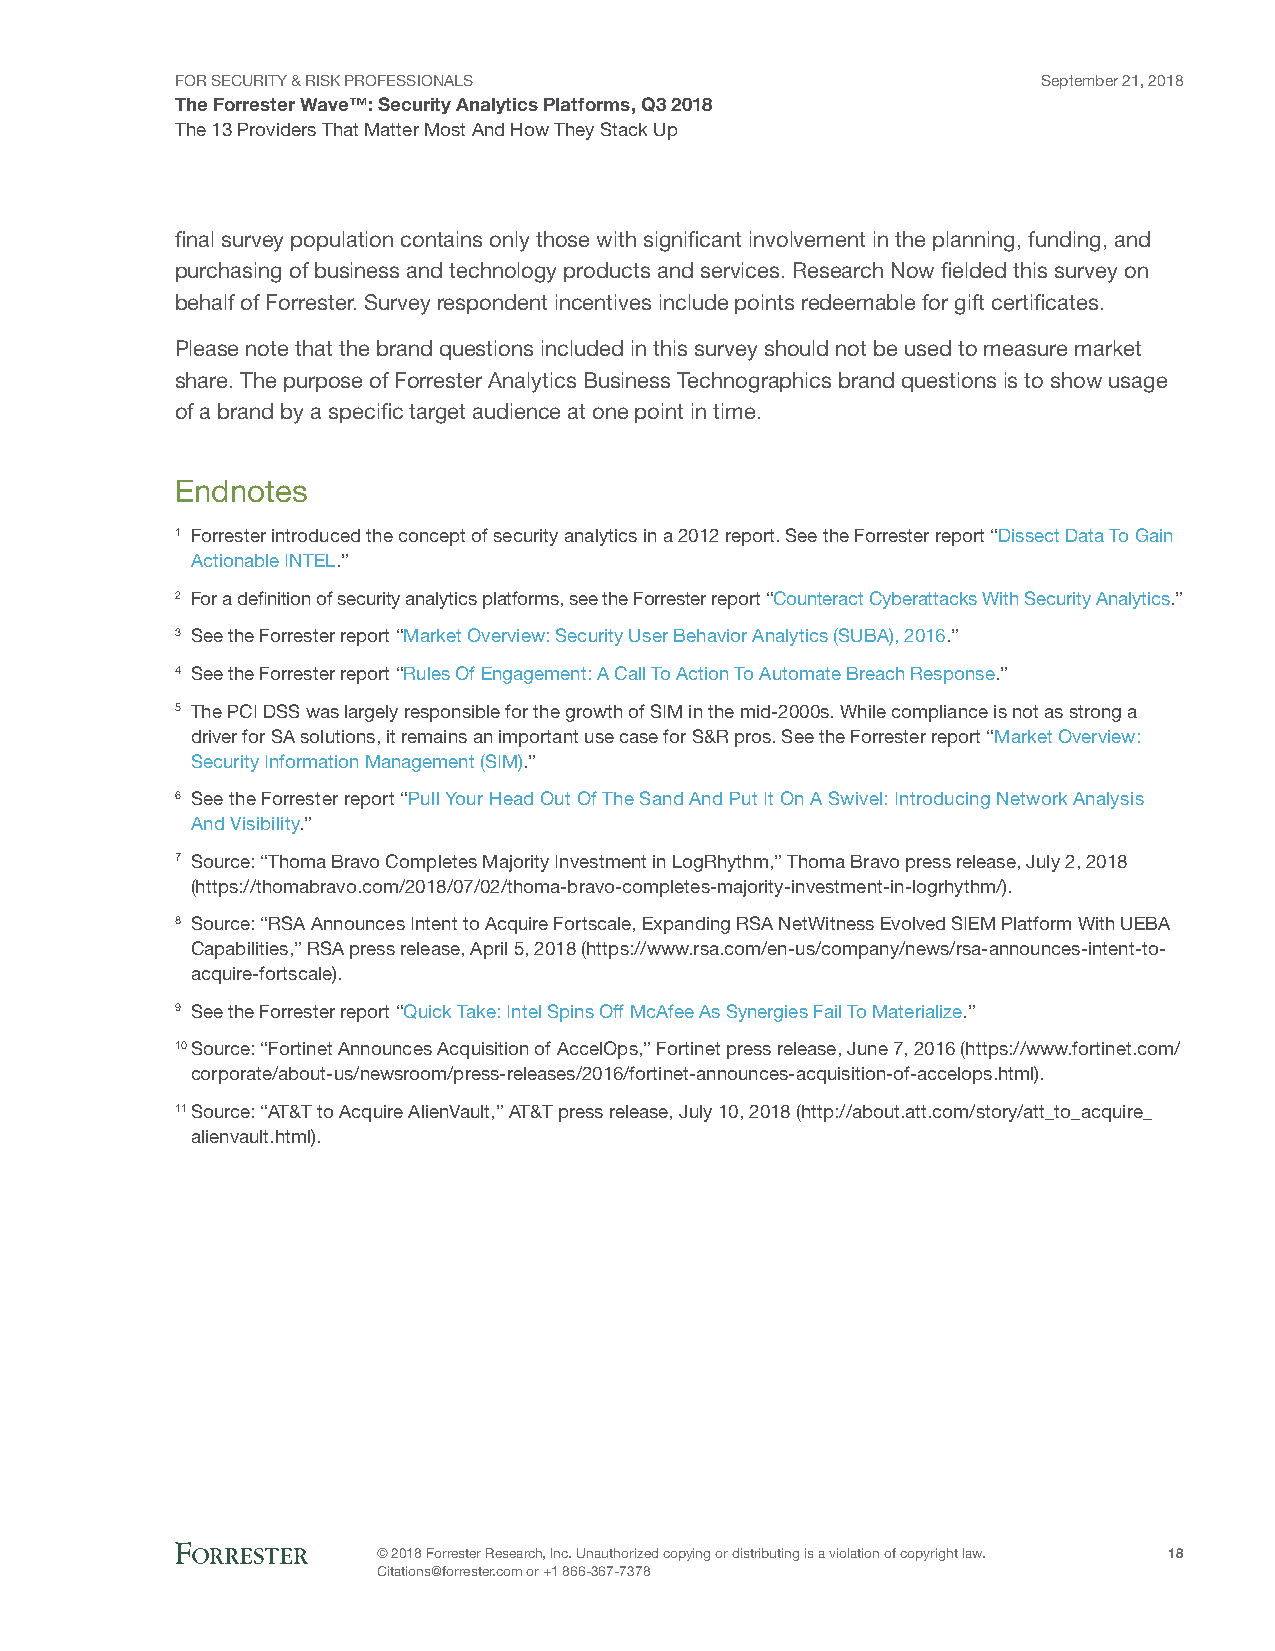
FOR SECURITY & RISK PROFESSIONALS                        September 21, 2018
 The Forrester Wave™: Security Analytics Platforms, Q3 2018
 The 13 Providers That Matter Most And How They Stack Up
 final survey population contains only those with significant involvement in the planning, funding, and
 purchasing of business and technology products and services. Research Now fielded this survey on
 behalf of Forrester. Survey respondent incentives include points redeemable for gift certificates.
 Please note that the brand questions included in this survey should not be used to measure market
 share. The purpose of Forrester Analytics Business Technographics brand questions is to show usage
 of a brand by a specific target audience at one point in time.
 Endnotes
 1 Forrester introduced the concept of security analytics in a 2012 report. See the Forrester report “Dissect Data To Gain
 Actionable INTEL.”
 2 For a definition of security analytics platforms, see the Forrester report “Counteract Cyberattacks With Security Analytics.”
 3 See the Forrester report “Market Overview: Security User Behavior Analytics (SUBA), 2016.”
 4 See the Forrester report “Rules Of Engagement: A Call To Action To Automate Breach Response.”
 5 The PCI DSS was largely responsible for the growth of SIM in the mid-2000s. While compliance is not as strong a
 driver for SA solutions, it remains an important use case for S&R pros. See the Forrester report “Market Overview:
 Security Information Management (SIM).”
 6 See the Forrester report “Pull Your Head Out Of The Sand And Put It On A Swivel: Introducing Network Analysis
 And Visibility.”
 7 Source: “Thoma Bravo Completes Majority Investment in LogRhythm,” Thoma Bravo press release, July 2, 2018
 (https://thomabravo.com/2018/07/02/thoma-bravo-completes-majority-investment-in-logrhythm/).
 8 Source: “RSA Announces Intent to Acquire Fortscale, Expanding RSA NetWitness Evolved SIEM Platform With UEBA
 Capabilities,” RSA press release, April 5, 2018 (https://www.rsa.com/en-us/company/news/rsa-announces-intent-to-
 acquire-fortscale).
 9 See the Forrester report “Quick Take: Intel Spins Off McAfee As Synergies Fail To Materialize.”
 10 Source: “Fortinet Announces Acquisition of AccelOps,” Fortinet press release, June 7, 2016 (https://www.fortinet.com/
 corporate/about-us/newsroom/press-releases/2016/fortinet-announces-acquisition-of-accelops.html).
 11 Source: “AT&T to Acquire AlienVault,” AT&T press release, July 10, 2018 (http://about.att.com/story/att_to_acquire_
 alienvault.html).
 © 2018 Forrester Research, Inc. Unauthorized copying or distributing is a violation of copyright law. 18
 Citations@forrester.com or +1 866-367-7378